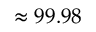
\approx 9 9 . 9 8 \